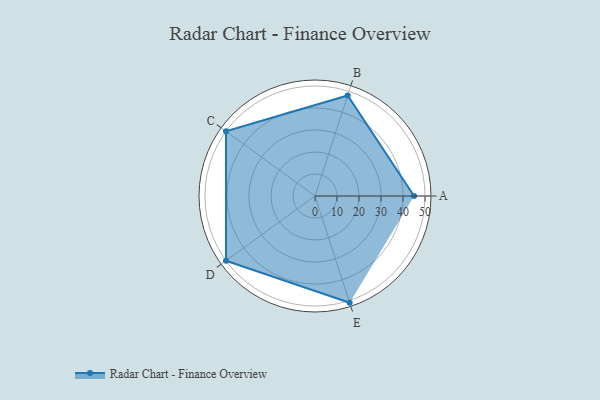
{"axis": {"x": "Skill", "y": "Score"}, "legend": ["Profile"], "data": [{"x": "A", "y": 45.0, "type": "Profile"}, {"x": "B", "y": 48.0, "type": "Profile"}, {"x": "C", "y": 50.0, "type": "Profile"}, {"x": "D", "y": 50.0, "type": "Profile"}, {"x": "E", "y": 51.0, "type": "Profile"}]}